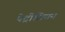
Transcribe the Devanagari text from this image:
पेट्रीसियन